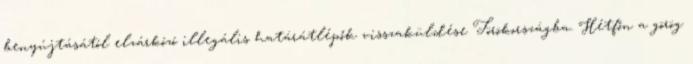
benyújtásától elzárkózó illegális határátlépők visszaküldése Törökországba. Hétfőn a görög